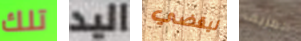
تلك اليد ليقضي المزيف